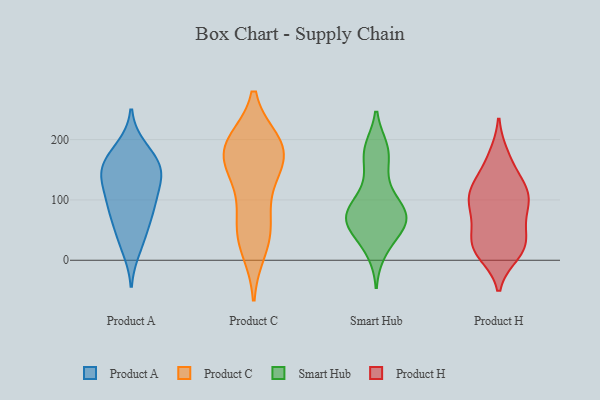
{"axis": {"x": "Satisfaction Score", "y": "Value"}, "legend": ["Product A", "Product C", "Product H", "Smart Hub"], "data": [{"x": "", "y": 157, "type": "Product A"}, {"x": "", "y": 58, "type": "Product A"}, {"x": "", "y": 156, "type": "Product A"}, {"x": "", "y": 96, "type": "Product A"}, {"x": "", "y": 178, "type": "Product A"}, {"x": "", "y": 187, "type": "Product A"}, {"x": "", "y": 80, "type": "Product A"}, {"x": "", "y": 134, "type": "Product A"}, {"x": "", "y": 19, "type": "Product A"}, {"x": "", "y": 37, "type": "Product A"}, {"x": "", "y": 144, "type": "Product A"}, {"x": "", "y": 150, "type": "Product A"}, {"x": "", "y": 134, "type": "Product A"}, {"x": "", "y": 103, "type": "Product A"}, {"x": "", "y": 87, "type": "Product A"}, {"x": "", "y": 188, "type": "Product C"}, {"x": "", "y": 194, "type": "Product C"}, {"x": "", "y": 178, "type": "Product C"}, {"x": "", "y": 153, "type": "Product C"}, {"x": "", "y": 121, "type": "Product C"}, {"x": "", "y": 42, "type": "Product C"}, {"x": "", "y": 47, "type": "Product C"}, {"x": "", "y": 74, "type": "Product C"}, {"x": "", "y": 162, "type": "Product C"}, {"x": "", "y": 188, "type": "Product C"}, {"x": "", "y": 190, "type": "Product C"}, {"x": "", "y": 19, "type": "Product C"}, {"x": "", "y": 64, "type": "Smart Hub"}, {"x": "", "y": 180, "type": "Smart Hub"}, {"x": "", "y": 184, "type": "Smart Hub"}, {"x": "", "y": 70, "type": "Smart Hub"}, {"x": "", "y": 106, "type": "Smart Hub"}, {"x": "", "y": 67, "type": "Smart Hub"}, {"x": "", "y": 131, "type": "Smart Hub"}, {"x": "", "y": 77, "type": "Smart Hub"}, {"x": "", "y": 78, "type": "Smart Hub"}, {"x": "", "y": 74, "type": "Smart Hub"}, {"x": "", "y": 62, "type": "Smart Hub"}, {"x": "", "y": 177, "type": "Smart Hub"}, {"x": "", "y": 34, "type": "Smart Hub"}, {"x": "", "y": 16, "type": "Smart Hub"}, {"x": "", "y": 49, "type": "Product H"}, {"x": "", "y": 117, "type": "Product H"}, {"x": "", "y": 30, "type": "Product H"}, {"x": "", "y": 128, "type": "Product H"}, {"x": "", "y": 23, "type": "Product H"}, {"x": "", "y": 114, "type": "Product H"}, {"x": "", "y": 121, "type": "Product H"}, {"x": "", "y": 73, "type": "Product H"}, {"x": "", "y": 20, "type": "Product H"}, {"x": "", "y": 80, "type": "Product H"}, {"x": "", "y": 15, "type": "Product H"}, {"x": "", "y": 89, "type": "Product H"}, {"x": "", "y": 108, "type": "Product H"}, {"x": "", "y": 166, "type": "Product H"}, {"x": "", "y": 96, "type": "Product H"}, {"x": "", "y": 11, "type": "Product H"}, {"x": "", "y": 173, "type": "Product H"}, {"x": "", "y": 29, "type": "Product H"}]}